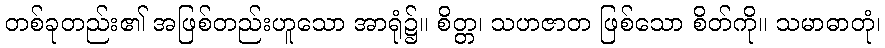
တစ်ခုတည်း၏ အဖြစ်တည်းဟူသော အာရုံ၌။ စိတ္တ၊ သဟဇာတ ဖြစ်သော စိတ်ကို။ သမာဓာတုံ၊